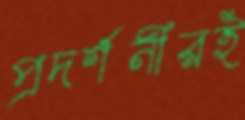
প্রদর্শনীরই